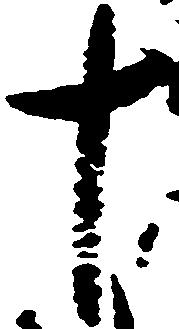
十